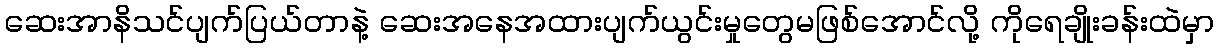
ဆေးအာနိသင်ပျက်ပြယ်တာနဲ့ ဆေးအနေအထားပျက်ယွင်းမှုတွေမဖြစ်အောင်လို့ ကိုရေချိုးခန်းထဲမှာ